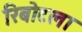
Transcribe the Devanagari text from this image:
रिबोटला